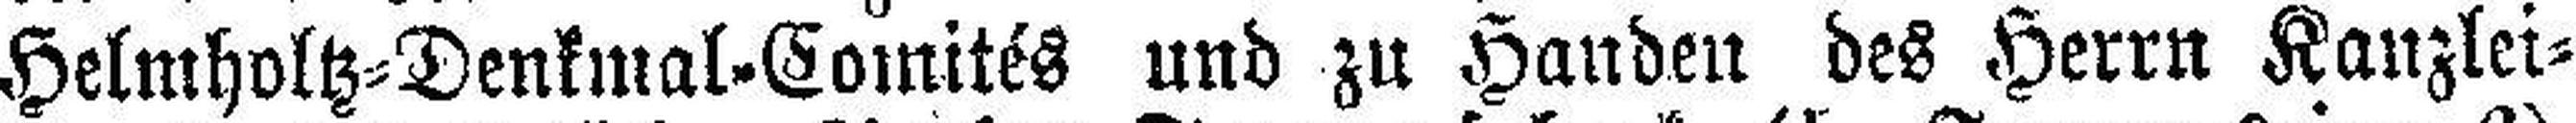
Helmholtz=Denkinal=Comités und zu Handen des Herrn Kanzlei¬